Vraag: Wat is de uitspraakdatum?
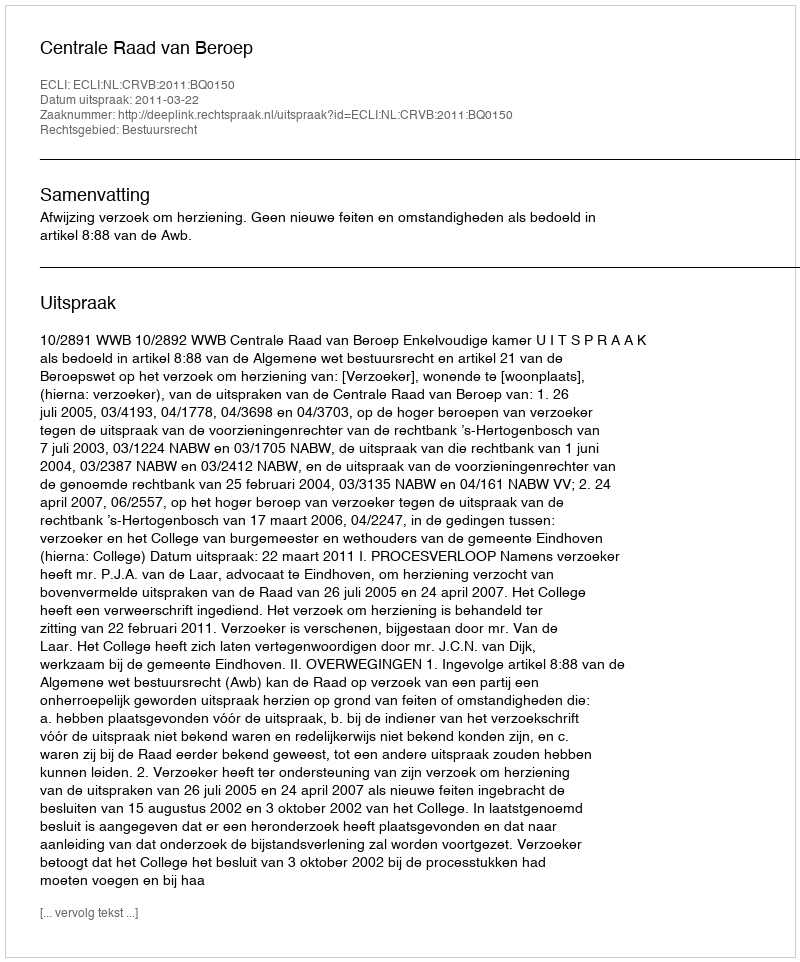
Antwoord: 2011-03-22